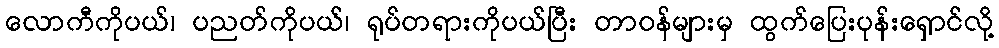
လောကီကိုပယ်၊ ပညတ်ကိုပယ်၊ ရုပ်တရားကိုပယ်ပြီး တာဝန်များမှ ထွက်ပြေးပုန်းရှောင်လို့